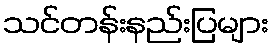
သင်တန်းနည်းပြများ